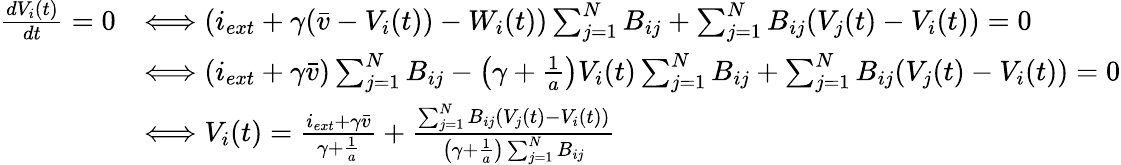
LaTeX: \begin{array}{rl}{\frac{dV_{i}(t)}{dt}=0}&{\Longleftrightarrow(i_{ext}+\gamma(\bar{v}-V_{i}(t))-W_{i}(t))\sum_{j=1}^{N}B_{ij}+\sum_{j=1}^{N}B_{ij}(V_{j}(t)-V_{i}(t))=0}\\ &{\Longleftrightarrow(i_{ext}+\gamma\bar{v})\sum_{j=1}^{N}B_{ij}-\left(\gamma+\frac{1}{a}\right)V_{i}(t)\sum_{j=1}^{N}B_{ij}+\sum_{j=1}^{N}B_{ij}(V_{j}(t)-V_{i}(t))=0}\\ &{\Longleftrightarrow V_{i}(t)=\frac{i_{ext}+\gamma\bar{v}}{\gamma+\frac{1}{a}}+\frac{\sum_{j=1}^{N}B_{ij}(V_{j}(t)-V_{i}(t))}{\left(\gamma+\frac{1}{a}\right)\sum_{j=1}^{N}B_{ij}}}\end{array}